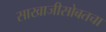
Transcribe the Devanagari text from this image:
साखाजीसोबतचा